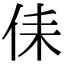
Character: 㑍